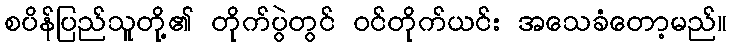
စပိန်ပြည်သူတို့၏ တိုက်ပွဲတွင် ဝင်တိုက်ယင်း အသေခံတော့မည်။